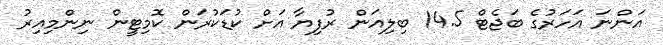
އަންނަ އަހަރުގެ ބަޖެޓް 14.5 ބިލިއަން ރުފިޔާ އަށް ކުޑަކުރަން ކޮމިޓީން ނިންމިއިރު